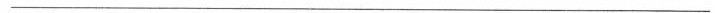
___